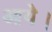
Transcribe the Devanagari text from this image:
आयेे।